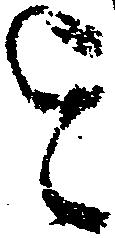
を